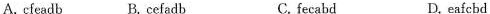
A. cfeadb B. Cefadb C. fecabd D. eafcbd